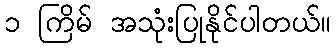
၁ ကြိမ် အသုံးပြုနိုင်ပါတယ်။